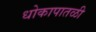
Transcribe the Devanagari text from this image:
धोकापातळी